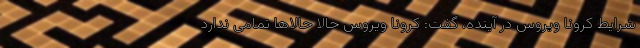
شرایط کرونا ویروس در آینده، گفت: کرونا ویروس حالا حالاها تمامی ندارد